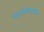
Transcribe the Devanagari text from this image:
महाविध्यालयीन